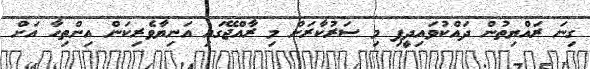
ގިނަ ރައްޔިތުން ދައްކުވައިދީފި މި ސަރުކާރަށް މި ރާއްޖޭގައި އަނިޔާވެރިކަން އިންތިހާ އަށް